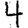
Digit: 4